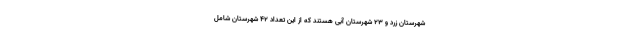
شهرستان زرد و ۲۳ شهرستان آبی هستند که از این تعداد ۴۲ شهرستان شامل